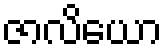
ဇာလိယော